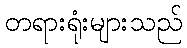
တရားရုံးများသည်